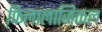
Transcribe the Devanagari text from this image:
फि़लालाजिकल